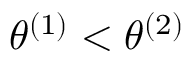
\theta ^ { ( 1 ) } < \theta ^ { ( 2 ) }